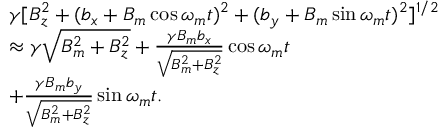
\begin{array} { r l } & { \gamma [ B _ { z } ^ { 2 } + ( b _ { x } + B _ { m } \cos \omega _ { m } t ) ^ { 2 } + ( b _ { y } + B _ { m } \sin \omega _ { m } t ) ^ { 2 } ] ^ { 1 / 2 } } \\ & { \approx \gamma \sqrt { B _ { m } ^ { 2 } + B _ { z } ^ { 2 } } + \frac { \gamma B _ { m } b _ { x } } { \sqrt { B _ { m } ^ { 2 } + B _ { z } ^ { 2 } } } \cos \omega _ { m } t } \\ & { + \frac { \gamma B _ { m } b _ { y } } { \sqrt { B _ { m } ^ { 2 } + B _ { z } ^ { 2 } } } \sin \omega _ { m } t . } \end{array}